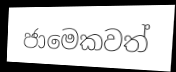
ජාමෙකවත්